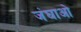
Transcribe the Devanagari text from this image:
जंघाओ